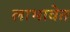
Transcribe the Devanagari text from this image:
लाभावेत